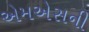
એમએસની